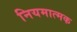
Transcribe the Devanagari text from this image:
नियमात्मक